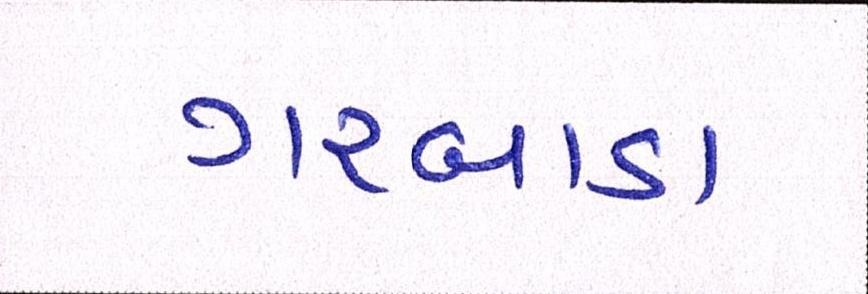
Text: ગરબાડા